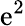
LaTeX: \mathrm{e}^{2}